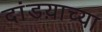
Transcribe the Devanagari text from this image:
दांडय़ाच्या